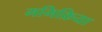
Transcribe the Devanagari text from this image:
ममिक्रिया